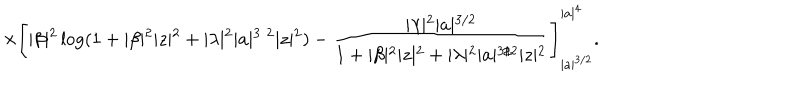
\times \left[ \vert \beta \vert ^ { 2 } \log ( 1 + \vert \beta \vert ^ { 2 } \vert z \vert ^ { 2 } + \vert \lambda \vert ^ { 2 } \vert a \vert ^ { 3 / 2 } \vert z \vert ^ { 2 } ) - \frac { \vert \lambda \vert ^ { 2 } \vert a \vert ^ { 3 / 2 } } { 1 + \vert \beta \vert ^ { 2 } \vert z \vert ^ { 2 } + \vert \lambda \vert ^ { 2 } \vert a \vert ^ { 3 / 2 } \vert z \vert ^ { 2 } } \right] _ { \vert a \vert ^ { 3 / 2 } } ^ { \vert a \vert ^ { 4 } } .